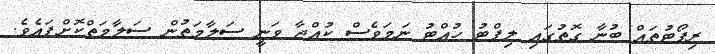
ރިޕޯޓުތައް ބުނާ ގޮތުގައި ލިފްޓު ހުއްޓު ނަމަވެސް ކުއްޖާ ވަނީ ސަލާމަތުން ސަލާމަތްކޮށްފައެވެ.